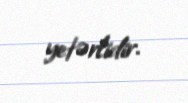
yetərlidir.